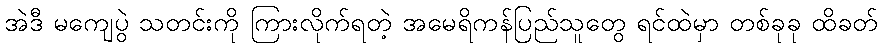
အဲဒီ မကျေပွဲ သတင်းကို ကြားလိုက်ရတဲ့ အမေရိကန်ပြည်သူတွေ ရင်ထဲမှာ တစ်ခုခု ထိခတ်